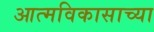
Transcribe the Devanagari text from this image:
आत्मविकासाच्या